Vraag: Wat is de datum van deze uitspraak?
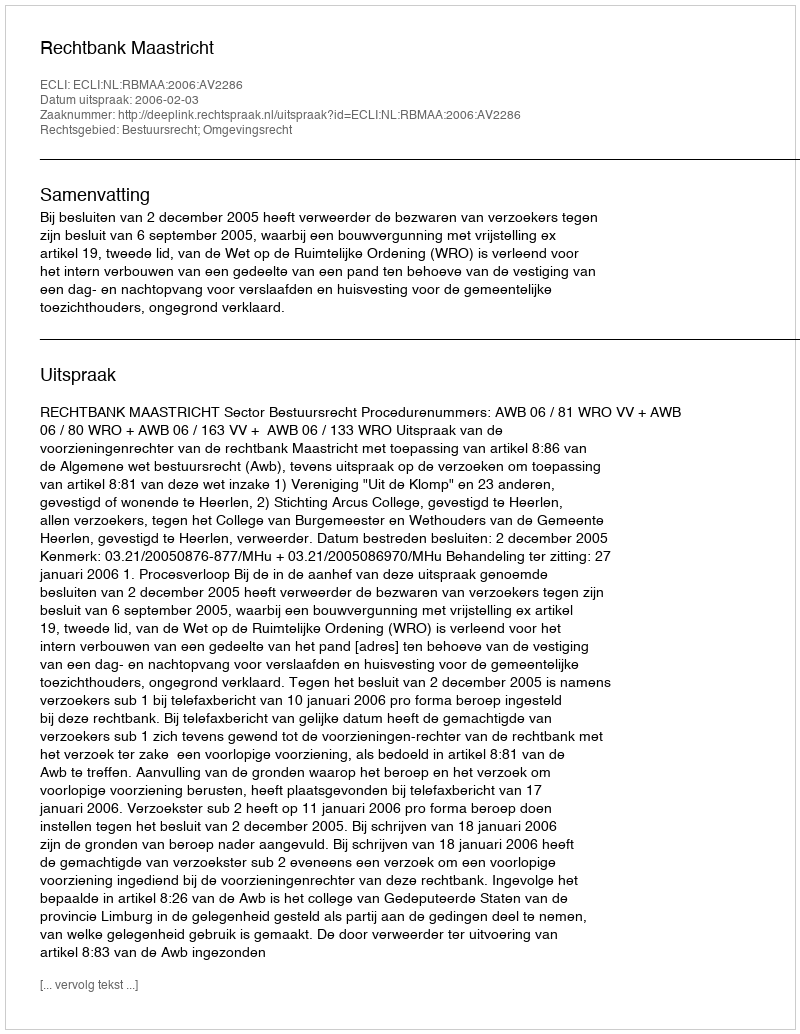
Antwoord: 2006-02-03